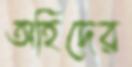
অহিদের